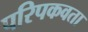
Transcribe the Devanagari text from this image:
परिपकवता